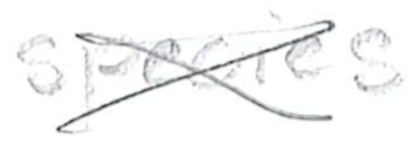
Text: species
Cross-out: cross
Writing tool: pencil